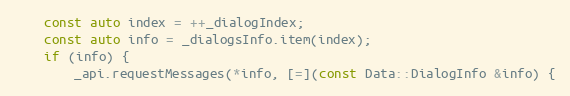
Language: C++
	const auto index = ++_dialogIndex;
	const auto info = _dialogsInfo.item(index);
	if (info) {
		_api.requestMessages(*info, [=](const Data::DialogInfo &info) {